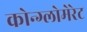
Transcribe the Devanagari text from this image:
कोन्ग्लोमेरेट